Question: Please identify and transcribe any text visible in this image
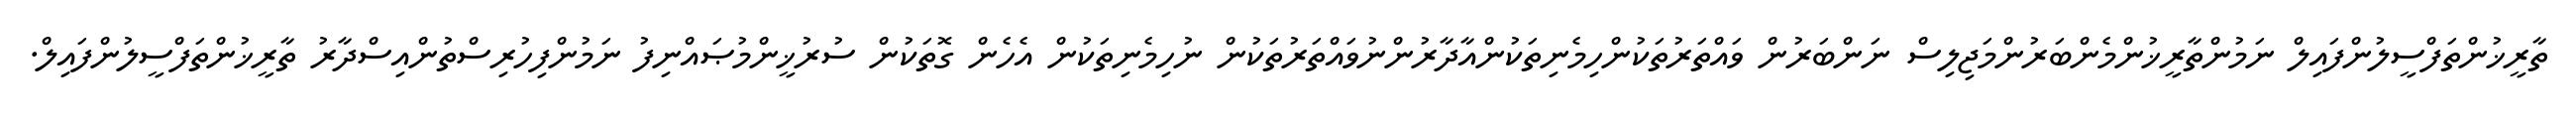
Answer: ތާރީޚުންތަފްސީލުންފައިލް ނަމުންތާރީޚުންމެންބަރުންމަޖިލިސް ނަންބަރުން ވައްތަރުތަކުންހިމެނިތަކުންއާދާރުންނުވައްތަރުތަކުން ނުހިމެނިތަކުން އެހެން ގޮތަކުން ސުރުޚީންމުޞައްނިފު ނަމުންފިހުރިސްތުންއިސްދާރު ތާރީޚުންތަފްސީލުންފައިލް.